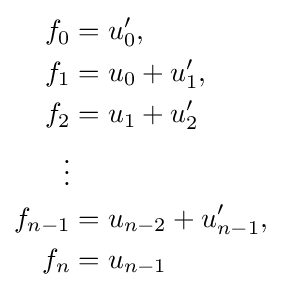
{\begin{aligned}f_{0}&=u'_{0},\\f_{1}&=u_{0}+u'_{1},\\f_{2}&=u_{1}+u'_{2}\\\vdots \\f_{n-1}&=u_{n-2}+u'_{n-1},\\f_{n}&=u_{n-1}\end{aligned}}